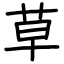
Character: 草